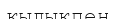
қылықпен